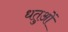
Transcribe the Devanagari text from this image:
धतुओं